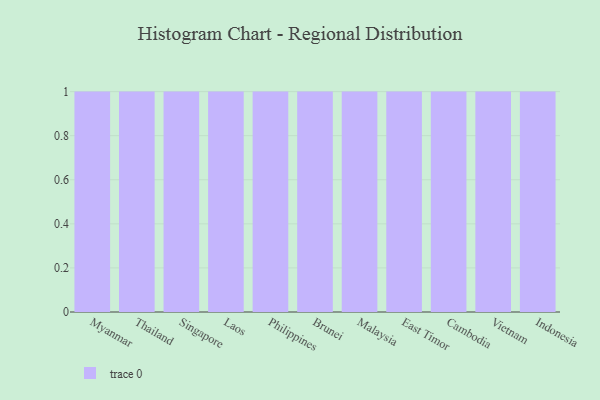
{"axis": {"x": "Country", "y": "Shipments"}, "legend": [""], "data": [{"x": "Myanmar", "y": 29, "type": ""}, {"x": "Thailand", "y": 34, "type": ""}, {"x": "Singapore", "y": 23, "type": ""}, {"x": "Laos", "y": 25, "type": ""}, {"x": "Philippines", "y": 36, "type": ""}, {"x": "Brunei", "y": 86, "type": ""}, {"x": "Malaysia", "y": 67, "type": ""}, {"x": "East Timor", "y": 79, "type": ""}, {"x": "Cambodia", "y": 47, "type": ""}, {"x": "Vietnam", "y": 55, "type": ""}, {"x": "Indonesia", "y": 59, "type": ""}]}